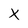
Character: x